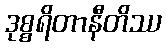
ဒုစ္စရိတာနီတိဿ